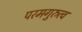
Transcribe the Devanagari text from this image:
परमगुरुत्व